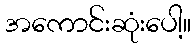
အကောင်းဆုံးပေါ့။